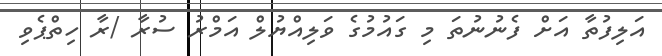
އަލިފުތާ އަށް ފެނުނުތަ މި ގައުމުގެ ވަލިއްޔުލް އަމްރު ސުރާ /ރާ ހިތްޕެވި